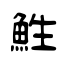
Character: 鮏